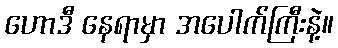
ဟောဒီ နေရာမှာ အပေါက်ကြီးနဲ့။